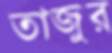
তাজুর